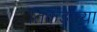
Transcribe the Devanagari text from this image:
तिकडल्या